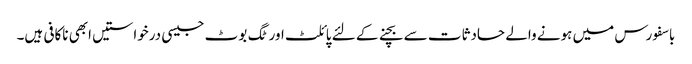
باسفورس میں ہونے والے حادثات سے بچنے کے لئے پائلٹ اور ٹگ بوٹ جیسی درخواستیں ابھی ناکافی ہیں۔